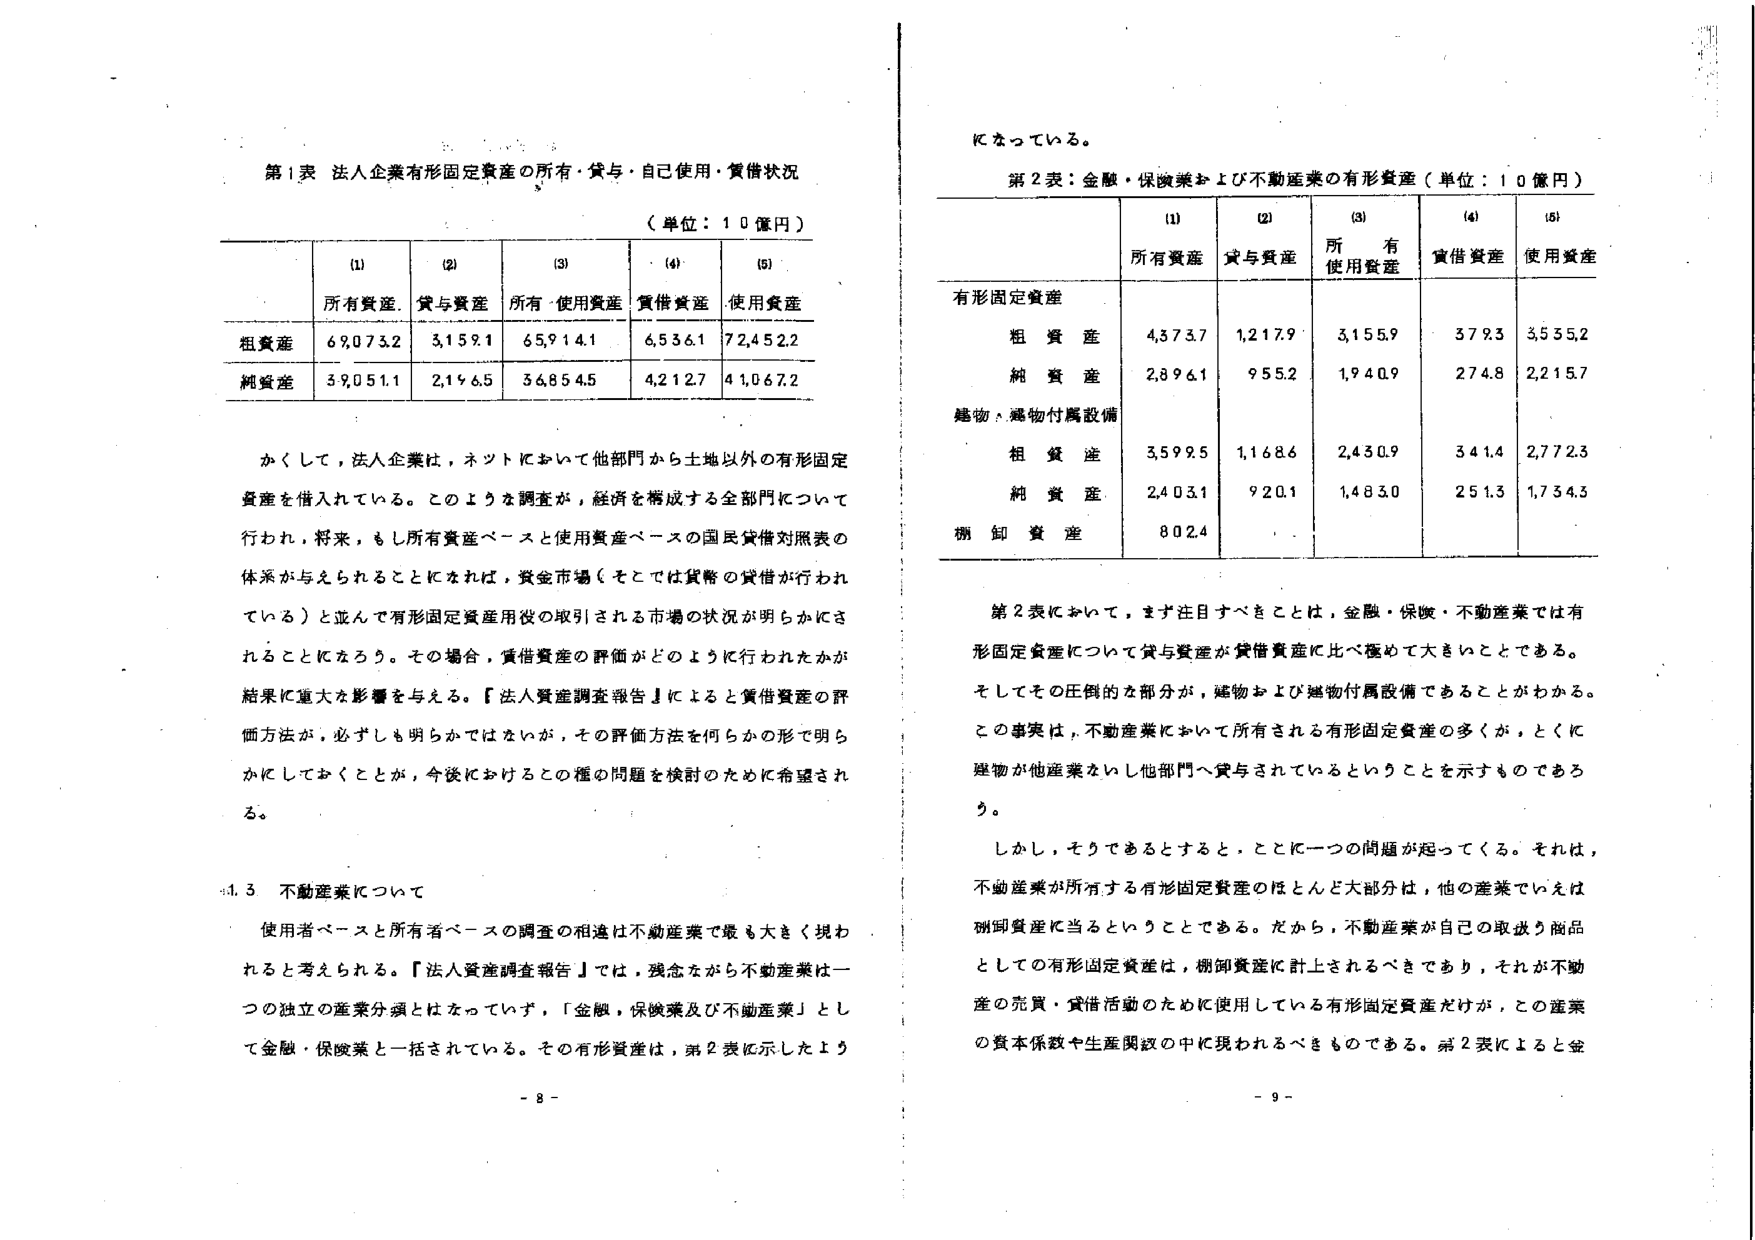
第1表 法人企業有形固定資産の所有・貸与・自己使用・賃借状況
（単位：10億円）

(1) 所有資産
(2) 貸与資産
(3) 所有・使用資産
(4) 賃借資産
(5) 使用資産

粗資産 6,073.2 3,159.1 6,591.4.1 6,536.1 7,245.2.2
純資産 3,9051.1 2,196.5 3,6854.5 4,212.7 4,1067.2

かくして，法人企業は，ネットにおいて他部門から土地以外の有形固定資産を借入れている。このような調査が，経済を構成する全部門について行われ，将来，もし所有資産ベースと使用資産ベースの国民貸借対照表の体系が与えられることになれば，資金市場（そこでは貨幣の貸借が行われている）と並んで有形固定資産用役の取引される市場の状況が明らかにされることになろう。その場合，賃借資産の評価がどのように行われたかが結果に重大な影響を与える。『法人資産調査報告』によると賃借資産の評価方法が，必ずしも明らかではないが，その評価方法を何らかの形で明らかにしておくことが，今後におけるこの種の問題を検討のために希望される。

4.3 不動産業について
使用者ベースと所有者ベースの調査の相違は不動産業で最も大きく現われると考えられる。『法人資産調査報告』では，残念ながら不動産業は一つの独立の産業分類とはなっていずに，「金融・保険業及び不動産業」として金融・保険業と一括されている。その有形資産は，第2表に示したよう

になっている。

第2表：金融・保険業および不動産業の有形資産（単位：10億円）

(1) 所有資産
(2) 貸与資産
(3) 所有使用資産
(4) 賃借資産
(5) 使用資産

有形固定資産
粗資産 4,373.7 1,217.9 3,155.9 379.3 3,535.2
純資産 2,896.1 955.2 1,940.9 274.8 2,215.7

建物・建物付属設備
粗資産 3,599.5 1,168.6 2,430.9 341.4 2,772.3
純資産 2,403.1 920.1 1,483.0 251.3 1,734.3

棚卸資産 802.4

第2表において，まず注目すべきことは，金融・保険・不動産業では有形固定資産について貸与資産が賃借資産に比べ極めて大きいことである。そしてその圧倒的な部分が，建物および建物付属設備であることがわかる。この事実は，不動産業において所有される有形固定資産の多くが，とくに建物が他産業ないし他部門へ貸与されているということを示すものであろう。

しかし，そうであるとすると，ことに一つの問題が起ってくる。それは，不動産業が所有する有形固定資産のほとんど大部分は，他の産業でいえば棚卸資産に当るということである。だから，不動産業が自己の取扱う商品としての有形固定資産は，棚卸資産に計上されるべきであり，それが不動産の売買・賃借活動のために使用している有形固定資産だけが，この産業の資本係数や生産関数の中に現われるべきものである。第2表によると金

- 8 -
- 9 -